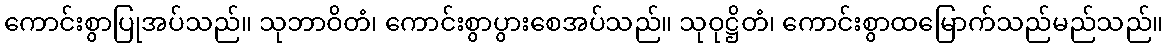
ကောင်းစွာပြုအပ်သည်။ သုဘာဝိတံ၊ ကောင်းစွာပွားစေအပ်သည်။ သုဝုဋ္ဌိတံ၊ ကောင်းစွာထမြောက်သည်မည်သည်။